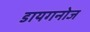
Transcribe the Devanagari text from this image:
डायगनोज